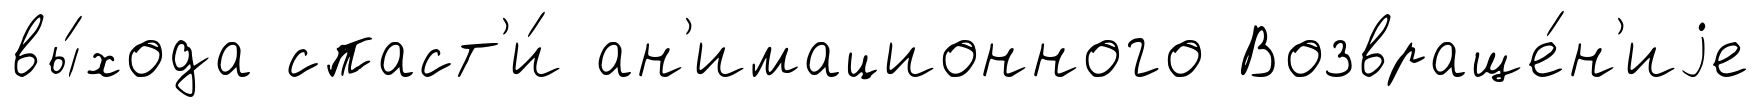
вы́хода спаст'и́ ан'имационного Возвраще́н'иjе